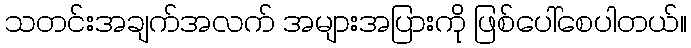
သတင်းအချက်အလက် အများအပြားကို ဖြစ်ပေါ်စေပါတယ်။